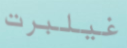
غيلبرت